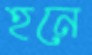
হনে